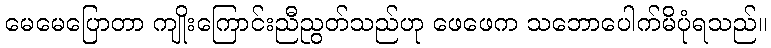
မေမေပြောတာ ကျိုးကြောင်းညီညွတ်သည်ဟု ဖေဖေက သဘောပေါက်မိပုံရသည်။